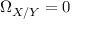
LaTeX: \Omega _ { X / Y } = 0